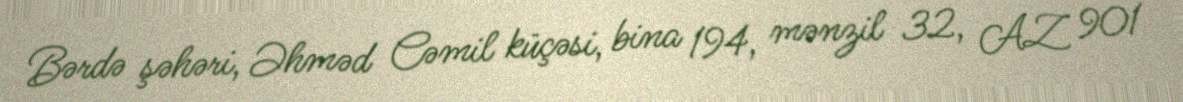
Bərdə şəhəri, Əhməd Cəmil küçəsi, bina 194, mənzil 32, AZ 901